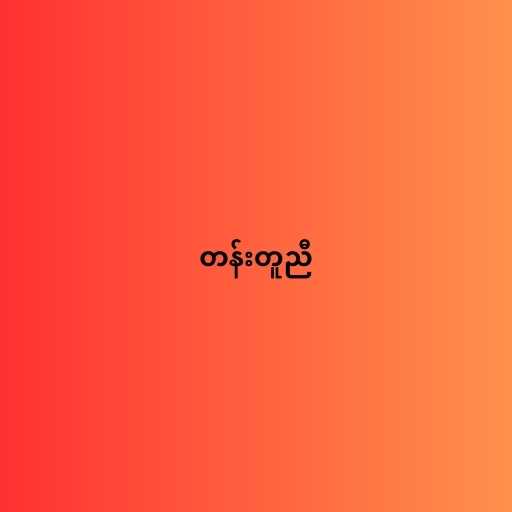
တန်းတူညီ